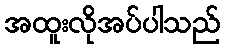
အထူးလိုအပ်ပါသည်